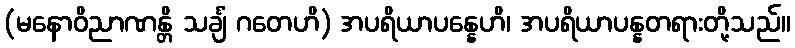
(မနောဝိညာဏန္တိ သင်္ချံ ဂတေဟိ) အပရိယာပန္နေဟိ၊ အပရိယာပန္နတရားတို့သည်။